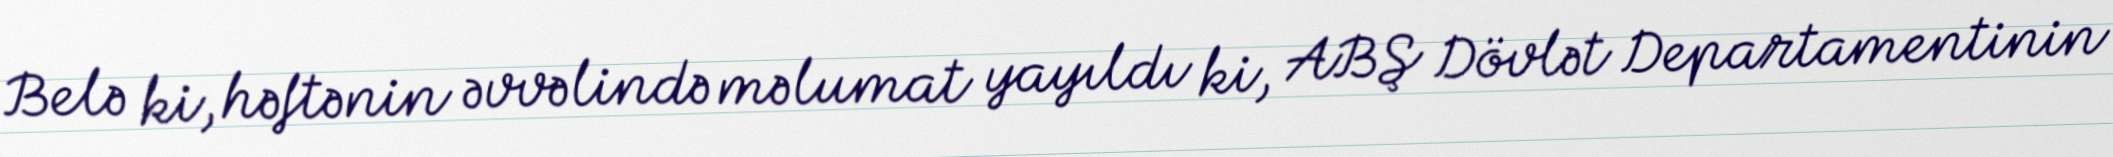
Belə ki, həftənin əvvəlində məlumat yayıldı ki, ABŞ Dövlət Departamentinin